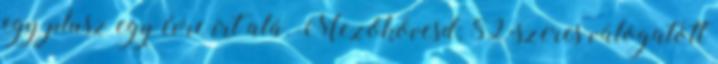
egy plusz egy évre írt alá. Mezőkövesd: 82-szeres válogatott